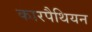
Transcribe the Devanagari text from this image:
कारपैथियन